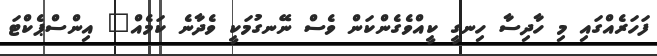
ފަހަރެއްގައި މި ހާދިސާ ހިނގީ ކީއްވެގެންކަން ވެސް ނޭނގުމަކީ ވެދާނެ ކަމެއް" އިންސްޕެކްޓަ